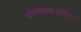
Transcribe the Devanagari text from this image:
कौक्सिडिओसिस